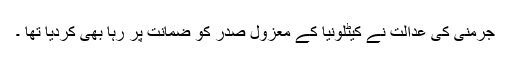
جرمنی کی عدالت نے کیٹلونیا کے معزول صدر کو ضمانت پر رہا بھی کردیا تھا ۔